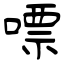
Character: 嘌